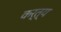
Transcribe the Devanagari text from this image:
कर्त्य